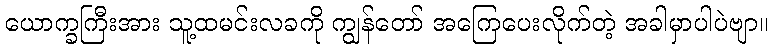
ယောက္ခကြီးအား သူ့ထမင်းလခကို ကျွန်တော် အကြေပေးလိုက်တဲ့ အခါမှာပါပဲဗျာ။